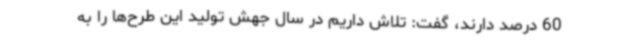
60 درصد دارند، گفت: تلاش داریم در سال جهش تولید این طرح‌ها را به